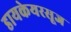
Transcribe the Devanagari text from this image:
डायकेयरसूज